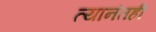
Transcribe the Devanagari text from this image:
त्यानंतही